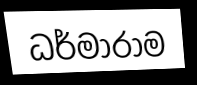
ධර්මාරාම